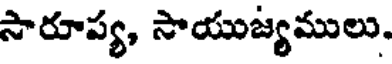
సారూప్య, సాయుజ్యములు.